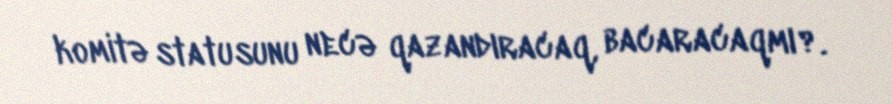
komitə statusunu necə qazandıracaq, bacaracaqmı?.